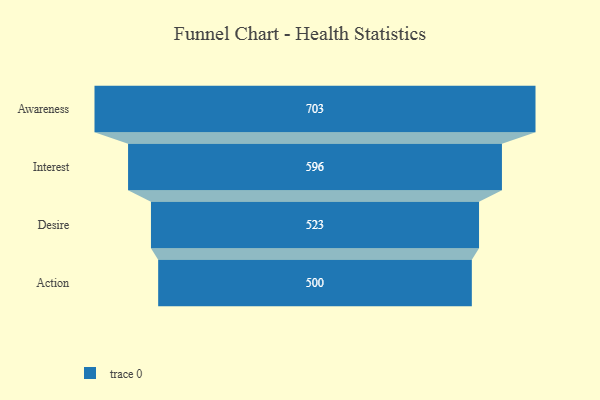
{"axis": {"x": "Stage", "y": "Value"}, "legend": [""], "data": [{"x": "Awareness", "y": 703.0, "type": ""}, {"x": "Interest", "y": 596.0, "type": ""}, {"x": "Desire", "y": 523.0, "type": ""}, {"x": "Action", "y": 500, "type": ""}]}